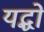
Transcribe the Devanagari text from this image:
यद्धों